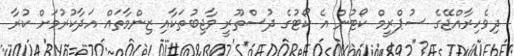
ދިވެހިރާއްޖޭގެ ސުޕްރީމް ކޯޓުން އެ ކޯޓުގެ ދުސްތޫރީ ވާޖިބުތަކާއި ޒިންމާތައް އަދާކުރުމަށް ކުރާ